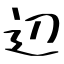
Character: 辺